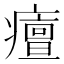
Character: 𤺺